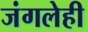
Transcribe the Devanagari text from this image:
जंगलेही